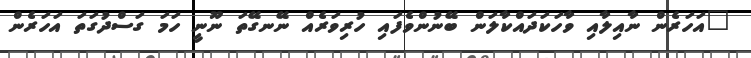
"އަހަރެން ނާއިލާއި ވާހަކަދައްކާލަން ބޭނުންވެފައި ހުރިވަރެއް ނޭނގޭތަ ނޫނީ ހަމަ ގަސްދުގަތަ އަހަރެން